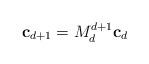
LaTeX: \begin{align*}\mathbf{c}_{d+1} = M_d^{d+1} \mathbf{c}_d\end{align*}